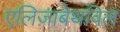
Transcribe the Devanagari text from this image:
एलिज़ाबेथविल